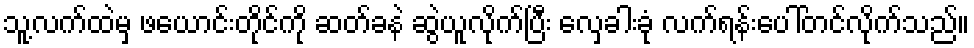
သူ့လက်ထဲမှ ဖယောင်းတိုင်ကို ဆတ်ခနဲ ဆွဲယူလိုက်ပြီး လှေခါးခုံ လက်ရန်းပေါ်တင်လိုက်သည်။